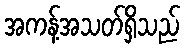
အကန့်အသတ်ရှိသည်